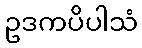
ဥဒကပိပါသံ